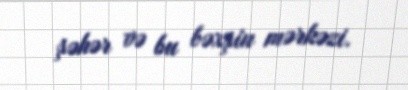
şəhər və bu bəxşin mərkəzi.